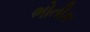
ભોતીક